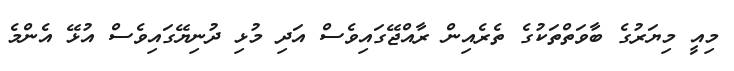
މިއީ މިޔަރުގެ ބާވަތްތަކުގެ ތެރެއިން ރާއްޖޭގައިވެސް އަދި މުޅި ދުނިޔޭގައިވެސް އުޅޭ އެންމެ